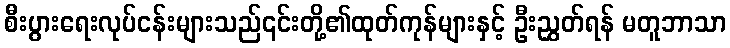
စီးပွားရေးလုပ်ငန်းများသည်၎င်းတို့၏ထုတ်ကုန်များနှင့် ဦးညွှတ်ရန် မတူဘာသာ